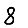
Digit: 8